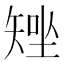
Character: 𥏧